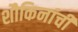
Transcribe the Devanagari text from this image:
शौकिनांची